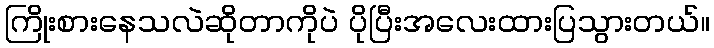
ကြိုးစားနေသလဲဆိုတာကိုပဲ ပိုပြီးအလေးထားပြသွားတယ်။